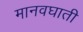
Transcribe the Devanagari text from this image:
मानवघाती